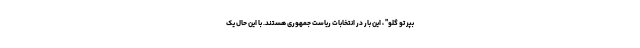
بپر تو گلو" ، این بار در انتخابات ریاست جمهوری هستند. با این حال یک